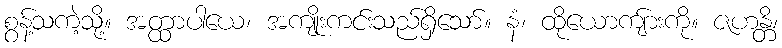
စွန့်သကဲ့သို့။ အတ္ထာပါယေ၊ အကျိုးကင်းသည်ရှိသော်။ နံ၊ ထိုယောကျ်ားကို။ ဇဟန္တိ၊